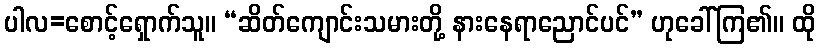
ပါလ=စောင့်ရှောက်သူ။ “ဆိတ်ကျောင်းသမားတို့ နားနေရာညောင်ပင်” ဟုခေါ်ကြ၏။ ထို